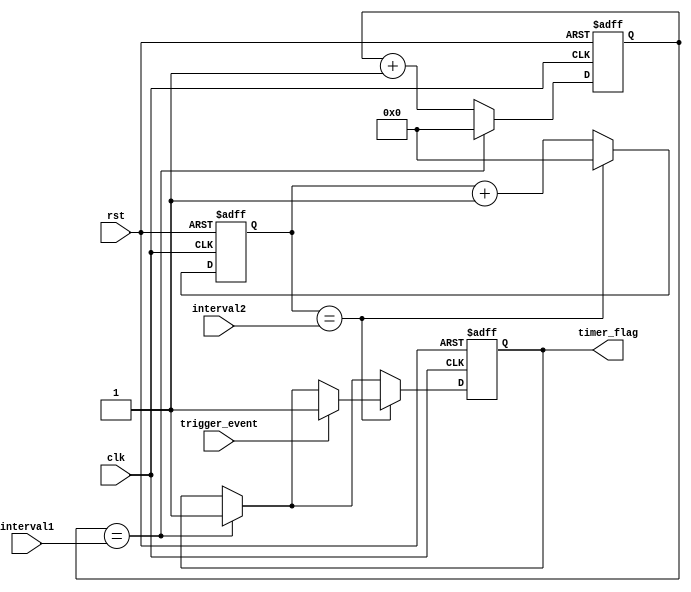
module multirate_timer (
    input wire clk,
    input wire rst,
    input wire [7:0] interval1,
    input wire [7:0] interval2,
    input wire trigger_event,
    output reg timer_flag
);

reg [7:0] count1;
reg [7:0] count2;

always @(posedge clk or posedge rst) begin
    if (rst) begin
        count1 <= 8'h00;
        count2 <= 8'h00;
        timer_flag <= 1'b0;
    end else begin
        if (count1 == interval1) begin
            count1 <= 8'h00;
            timer_flag <= 1'b1;
        end else begin
            count1 <= count1 + 1;
        end

        if (count2 == interval2) begin
            count2 <= 8'h00;
            // Trigger event at specific count
            if (trigger_event)
                timer_flag <= 1'b1;
        end else begin
            count2 <= count2 + 1;
        end
    end
end

endmodule